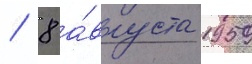
/ 8 а́вгуста 1959